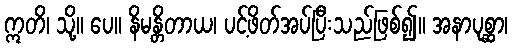
ဣတိ၊ သို့။ ပေ။ နိမန္တိတာယ၊ ပင့်ဖိတ်အပ်ပြီးသည်ဖြစ်၍။ အနာပုစ္ဆာ၊